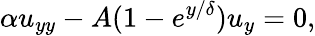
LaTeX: \alpha u_{yy}-A(1-e^{{y}/{\delta}})u_{y}=0,